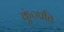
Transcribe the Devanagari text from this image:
कुं०प्रति